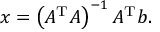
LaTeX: x = \left( A ^ { \mathrm { T } } A \right) ^ { - 1 } A ^ { \mathrm { T } } b .